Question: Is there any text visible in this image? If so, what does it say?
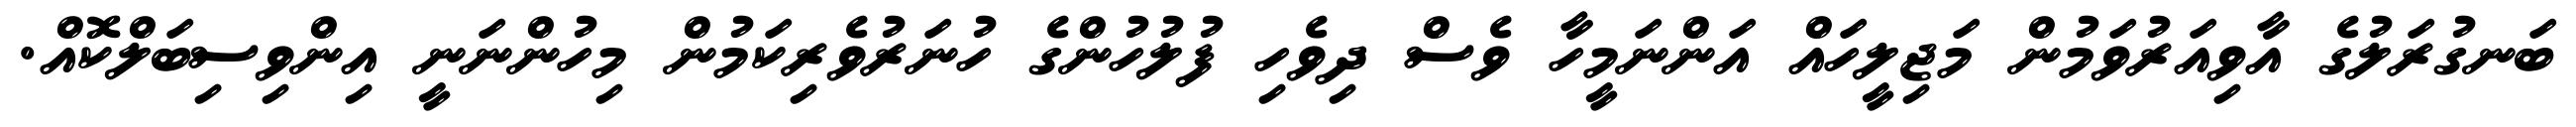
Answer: ބަނގުރަލުގެ އާވިއަރުވަމުން މަޖިލީހައް އަންނަމީހާ ވެސް ދިވެހި ފުލުހުންގެ ހުނަރުވެރިކަމުން މިހުންނަނީ އިންވިސިބަލްކޮއް.